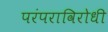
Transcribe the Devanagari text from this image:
परंपराविरोधी